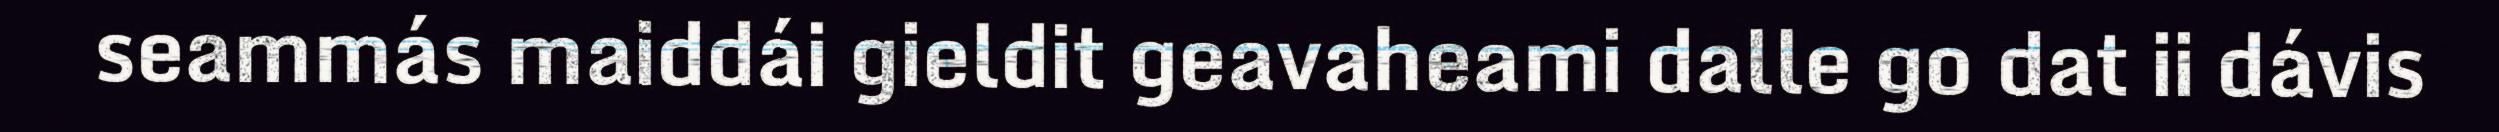
seammás maiddái gieldit geavaheami dalle go dat ii dávis